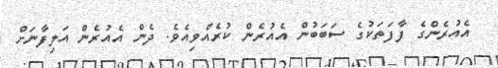
އެއުރެންގެ ފާފަތަކުގެ ސަބަބުން އެއުރެން ކުރެއްވިއެވެ. ދެން އެއުރެން އަލިފާނަށް